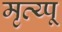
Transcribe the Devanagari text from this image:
मृत्य्पू